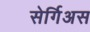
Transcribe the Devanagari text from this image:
सेर्गिअस